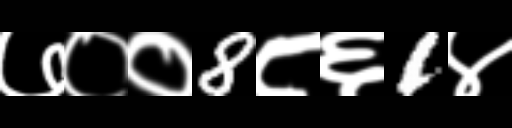
Text: ७००8८६1४